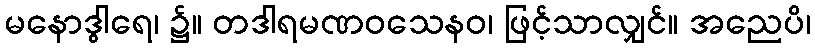
မနောဒွါရေ၊ ၌။ တဒါရမဏဝသေနဝ၊ ဖြင့်သာလျှင်။ အညေပိ၊